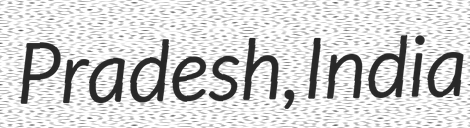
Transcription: Pradesh, India